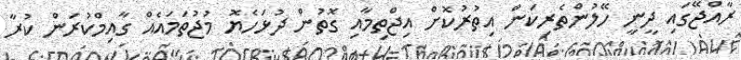
ރާއްޖޭގައި ދީނީ ހޭލުންތެރިކަން އިތުރުކޮށް އިޖްތިމާއި ގޮތުން ދުޅަހެޔޮ މުޖުތަމައެއް ގާއިމްކުރަން ކުރާ